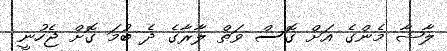
ލާޝާ މެންގެ އަށް ގޮސް ވަތް ލާރާގެ ދެ ބުމަ ގޮށް ޖެހުނީ